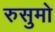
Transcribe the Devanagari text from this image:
रुसुमो